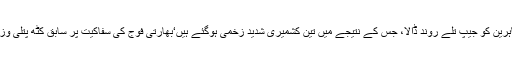
02 جون2018ء) مقبوضہ کشمیر میں بھارتی فوج نے احتجاج کرنیوالے مظاہرین کو جیپ تلے روند ڈالا، جس کے نتیجے میں تین کشمیری شدید زخمی ہوگئے ہیں‘بھارتی فوج کی سفاکیت پر سابق کٹھ پتلی وزیراعلیٰ عمر عبداللہ بھی چیخ پڑے ‘وزیراعلیٰ محبوبہ مفتی سے شدید احتجاج ۔